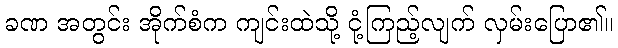
ခဏ အတွင်း အိုက်စံက ကျင်းထဲသို့ ငုံ့ကြည့်လျက် လှမ်းပြော၏။